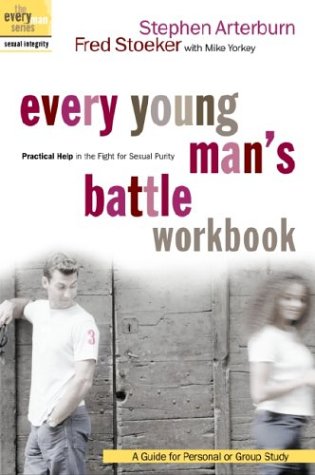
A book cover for Every Young Man's Battle Workbook: Practical Help in the Fight for Sexual Purity (Everyman: Sexual Integrity); Stephen Arterburn; Teen & Young Adult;